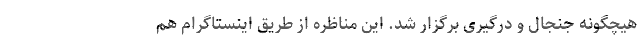
هیچگونه جنجال و درگیری برگزار شد. این مناظره از طریق اینستاگرام هم